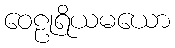
ဝေဠုရိယမယော